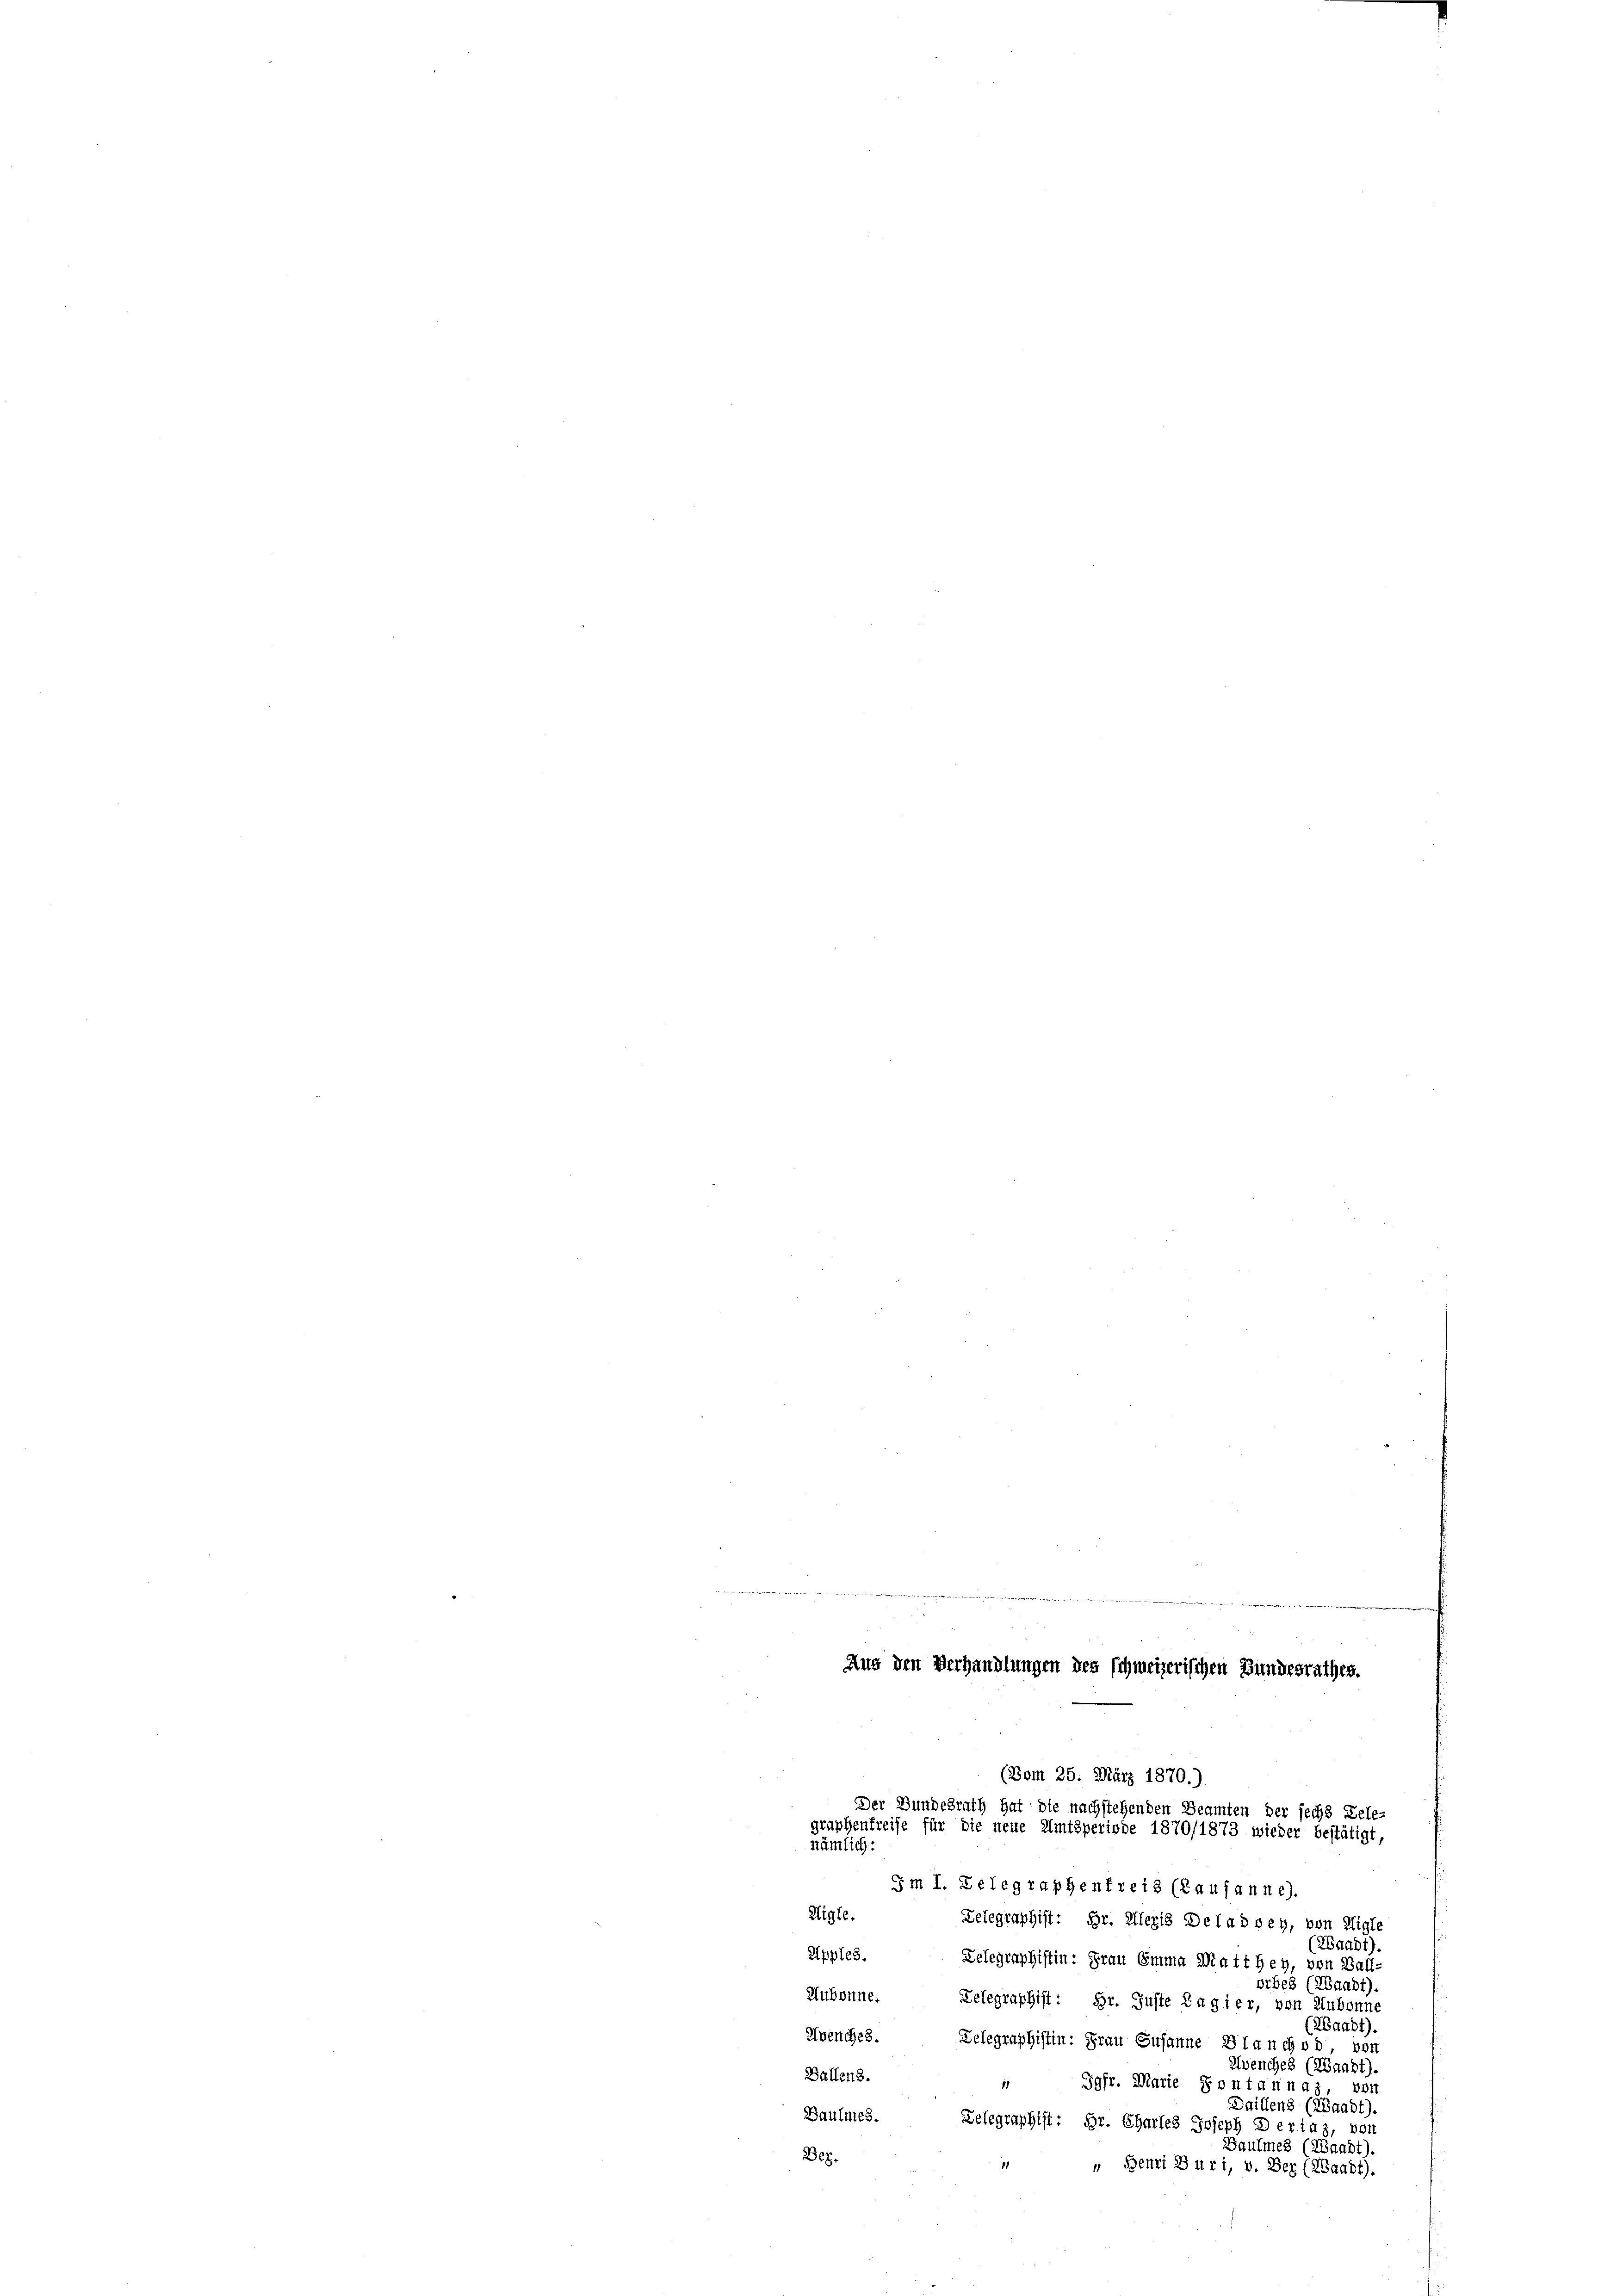
Aus den Verhandlungen des schweizerischen Bundesrathes.
(Vom 25. März 1870.)

nämlich:
Jm I. Belegraphenfreis (Lausanne).
Aigle.
Zelegraphist: Hr. Alleris Delad sey, von Aigle
(Zaadt)
Apples.
Delegraphistin: Frau Emma Matthey, von Ball-
orbes (ZBaabt).
Hubonne.
Zelegraphist: Hr. Guste Lagier, von Aubonn
(Waadt).
Avenches. Gelegraphistin: Frau Susanne Blanches von
Avenches (Waadt).
Ballen.
 Jgfr. Marie Fontannaz, von
Daillenz (Landt).
Baulmes.
Zelegraphist: Hr. Chartes Joseph D erlaz, von
Baumes (Waadt).
268.
„ Benzi Buri, v. Der (Waadt).

Der Bundesrath hat die nachstehenden Beamten der sechs Tele-
graphenfreise für die neue Amtsperiode 1870/1873 wieder bestätigt,